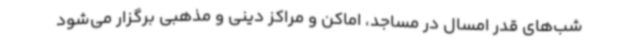
شب‌های قدر امسال در مساجد، اماکن و مراکز دینی و مذهبی برگزار می‌شود